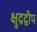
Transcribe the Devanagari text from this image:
क्षुद्रद्वीप